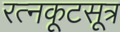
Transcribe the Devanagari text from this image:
रत्नकूटसूत्र